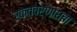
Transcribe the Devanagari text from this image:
रक्तवर्णाधता